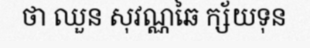
ថា ឈួន សុវណ្ណឆៃ ក្ស័យទុន